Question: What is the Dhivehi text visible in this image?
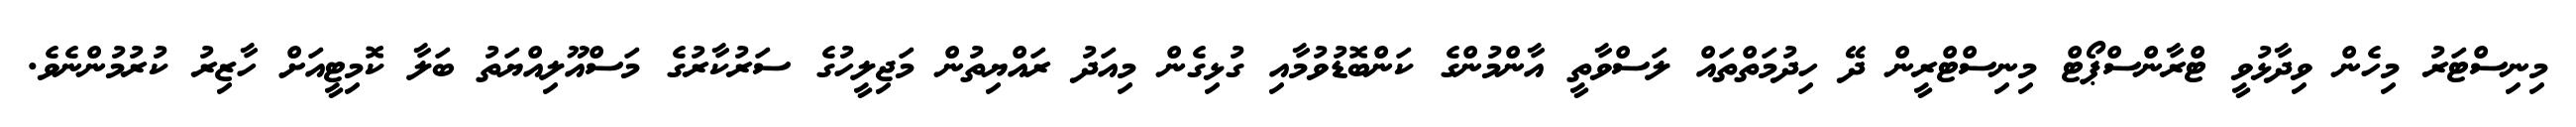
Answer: މިނިސްޓަރު މިހެން ވިދާޅުވީ ޓްރާންސްޕޯޓް މިނިސްޓްރީން ދޭ ހިދުމަތްތައް ލަސްވާތީ އާންމުންގެ ކަންބޮޑުވުމާއި ގުޅިގެން މިއަދު ރައްޔިތުން މަޖިލީހުގެ ސަރުކާރުގެ މަސްއޫލިއްޔަތު ބަލާ ކޮމިޓީއަށް ހާޒިރު ކުރުމުންނެވެ.